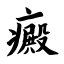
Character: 癜